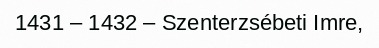
1431 – 1432 – Szenterzsébeti Imre,